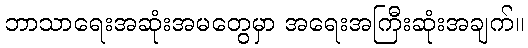
ဘာသာရေးအဆုံးအမတွေမှာ အရေးအကြီးဆုံးအချက်။